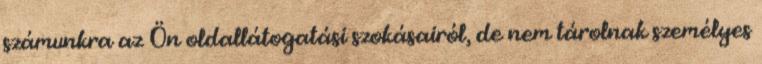
számunkra az Ön oldallátogatási szokásairól, de nem tárolnak személyes